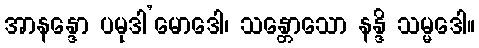
အာနန္ဒော ပမုဒါ’မောဒေါ၊ သန္တောသော နန္ဒိ သမ္မဒေါ။